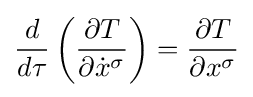
{\frac {d}{d\tau }}\left({\frac {\partial T}{\partial {\dot {x}}^{\sigma }}}\right)={\frac {\partial T}{\partial x^{\sigma }}}